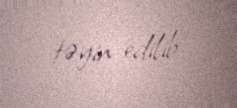
təyin edilib.